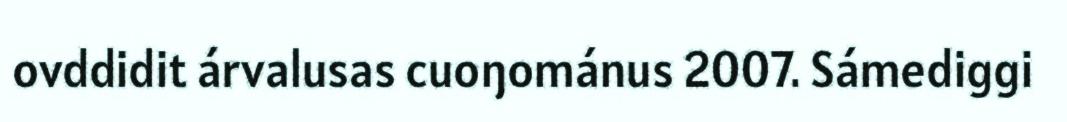
ovddidit árvalusas cuoŋománus 2007. Sámediggi